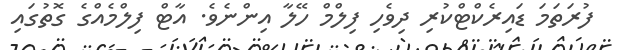
ފުރަތަމަ ޑައިރެކްޓްކުރި ދިވެހި ފިލްމް ހޭލާ އިންނެވެ. އާޓް ފިލްމެއްގެ ގޮތުގައި